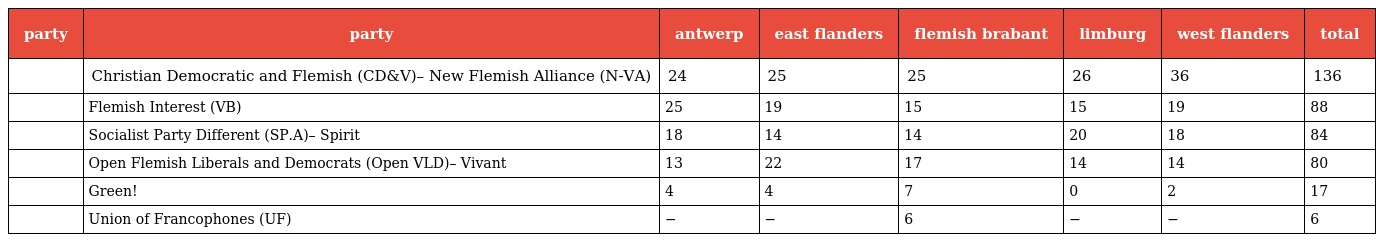
| party | party | antwerp | east flanders | flemish brabant | limburg | west flanders | total |
 | --- | --- | --- | --- | --- | --- | --- | --- |
 |  | Christian Democratic and Flemish (CD&V)– New Flemish Alliance (N-VA) | 24 | 25 | 25 | 26 | 36 | 136 |
 |  | Flemish Interest (VB) | 25 | 19 | 15 | 15 | 19 | 88 |
 |  | Socialist Party Different (SP.A)– Spirit | 18 | 14 | 14 | 20 | 18 | 84 |
 |  | Open Flemish Liberals and Democrats (Open VLD)– Vivant | 13 | 22 | 17 | 14 | 14 | 80 |
 |  | Green! | 4 | 4 | 7 | 0 | 2 | 17 |
 |  | Union of Francophones (UF) | − | − | 6 | − | − | 6 |